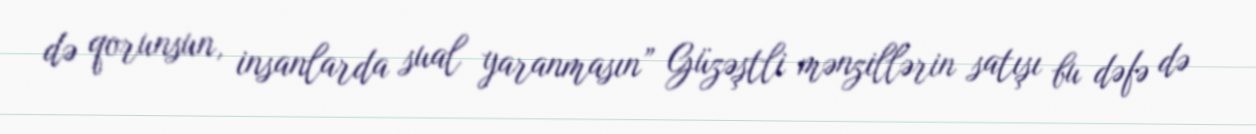
də qorunsun, insanlarda sual yaranmasın” Güzəştli mənzillərin satışı bu dəfə də